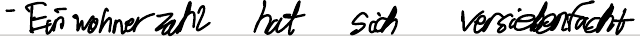
- Einwohnerzahl hat sich versiebenfacht